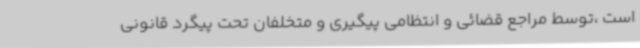
است ،توسط مراجع قضائی و انتظامی پیگیری و متخلفان تحت پیگرد قانونی